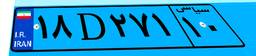
۱۸D۲۷۱۱۰